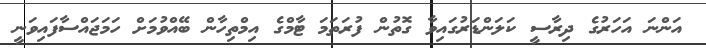
އަންނަ އަހަރުގެ ދިރާސީ ކަލަންޑަރުގައިވާ ގޮތުން ފުރަތަމަ ޓާމްގެ އިމްތިހާން ބޭއްވުމަށް ހަމަޖައްސާފައިވަނީ